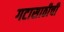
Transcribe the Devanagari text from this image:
गटासाठीची